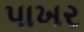
પાખર